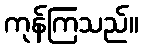
ကုန်ကြသည်။